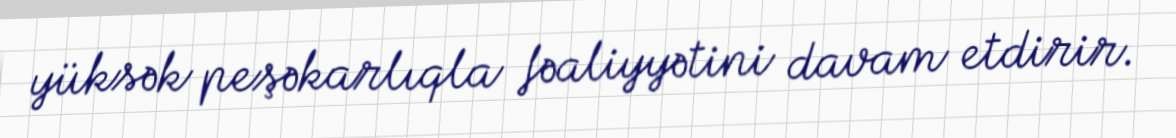
yüksək peşəkarlıqla fəaliyyətini davam etdirir.